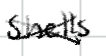
Text: shells
Cross-out: mix
Writing tool: digital_black